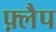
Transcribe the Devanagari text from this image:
फ़्लैप